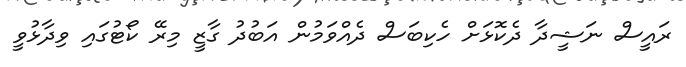
ރައީސް ނަޝީދާ ދެކޮޅަށް ހެކިބަސް ދެއްވަމުން އަބުދު ގާޒީ މިރޭ ކޯޓުގައި ވިދާޅުވީ